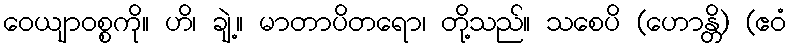
ဝေယျာဝစ္စကို။ ဟိ၊ ချဲ့။ မာတာပိတရော၊ တို့သည်။ သစေပိ (ဟောန္တိ) (ဧဝံ